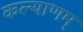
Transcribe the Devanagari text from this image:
कल्‍याणम्